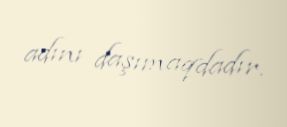
adını daşımaqdadır.